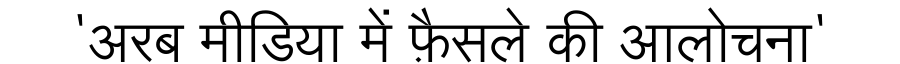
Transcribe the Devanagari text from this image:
'अरब मीडिया में फ़ैसले की आलोचना'